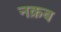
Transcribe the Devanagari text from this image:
नक़ब